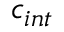
c _ { i n t }